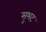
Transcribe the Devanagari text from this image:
सुभट